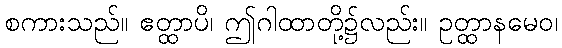
စကားသည်။ ဧတ္ထာပိ၊ ဤဂါထာတို့၌လည်း။ ဥတ္ထာနမေဝ၊